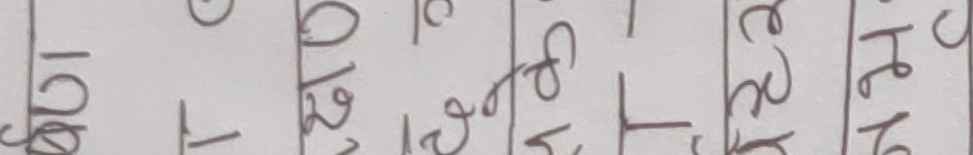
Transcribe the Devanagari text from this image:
१० क १- १२ ख १२ ग १२ घ १२ ङ १२ च १२ छ